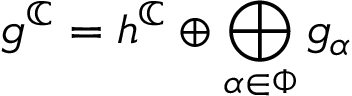
{ \mathfrak { g } } ^ { \mathbb { C } } = { \mathfrak { h } } ^ { \mathbb { C } } \oplus \bigoplus _ { \alpha \in \Phi } { \mathfrak { g } } _ { \alpha }